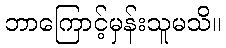
ဘာကြောင့်မှန်းသူမသိ။